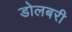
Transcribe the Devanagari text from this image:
डोलबरी